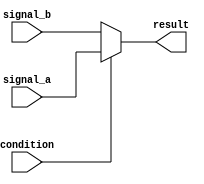
module conditional_assign(
    input signal_a,
    input signal_b,
    input condition,
    output reg result
);

always @(*) begin
    if(condition) begin
        result = signal_a;
    end else begin
        result = signal_b;
    end
end

endmodule